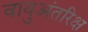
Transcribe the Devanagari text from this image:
वायुअंतरिक्ष